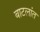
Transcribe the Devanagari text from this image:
बाटलांत